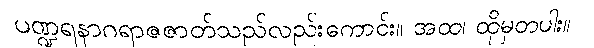
ပဏ္ဍရနာဂရာဇဇာတ်သည်လည်းကောင်း။ အထ၊ ထိုမှတပါး။